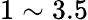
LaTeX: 1\sim 3.5